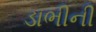
ડાભીની